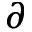
\partial